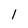
Character: 1